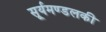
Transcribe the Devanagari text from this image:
सूर्यमण्डलकी